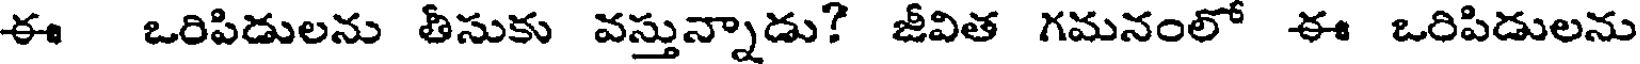
ఈ ఒరిపిడులను తీసుకు వస్తున్నాడు? జీవిత గమనంలో ఈ ఒరిపిడులను